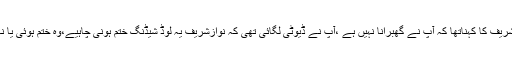
نوازشریف کا کہناتھا کہ آپ نے گھبرانا نہیں ہے ،آپ نے ڈیوٹی لگائی تھی کہ نوازشریف یہ لوڈ شیڈنگ ختم ہونی چاہیے،وہ ختم ہوئی یا نہیں ؟